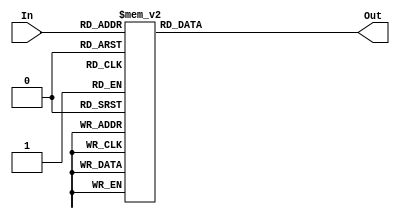
`timescale 1ns / 1ps

module Decoder(
    input [0:3] In,
    output reg [0:15] Out
);

    always@(*)begin
    
        case(In)

            4'd0 : Out = 16'b1000_0000_0000_0000;
            4'd1 : Out = 16'b0100_0000_0000_0000;
            4'd2 : Out = 16'b0010_0000_0000_0000;
            4'd3 : Out = 16'b0001_0000_0000_0000;
            4'd4 : Out = 16'b0000_1000_0000_0000;
            4'd5 : Out = 16'b0000_0100_0000_0000;
            4'd6 : Out = 16'b0000_0010_0000_0000;
            4'd7 : Out = 16'b0000_0001_0000_0000;
            4'd8 : Out = 16'b0000_0000_1000_0000;
            4'd9 : Out = 16'b0000_0000_0100_0000;
            4'd10: Out = 16'b0000_0000_0010_0000;
            4'd11: Out = 16'b0000_0000_0001_0000;
            4'd12: Out = 16'b0000_0000_0000_1000;
            4'd13: Out = 16'b0000_0000_0000_0100;
            4'd14: Out = 16'b0000_0000_0000_0010;
            4'd15: Out = 16'b0000_0000_0000_0001;
            default: Out = 16'd0;

        endcase
    
    end

endmodule